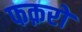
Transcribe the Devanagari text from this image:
फक़रों